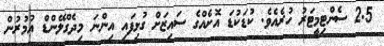
2.5 ސެންޓިމީޓަރު ހުރެއެވެ. ކުޑަކުޑަ އޮށެއްގެ ސައިޒަށް ގުޅިފައި އިންނަ މިދެގްލޭންޑް އުމުރުން